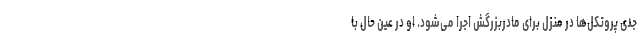
جدی پروتکل‌ها در منزل برای مادربزرگش اجرا می‌شود. او در عین حال با